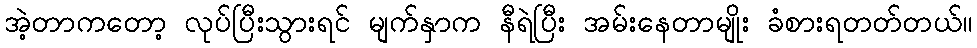
အဲ့တာကတော့ လုပ်ပြီးသွားရင် မျက်နှာက နီရဲပြီး အမ်းနေတာမျိုး ခံစားရတတ်တယ်။